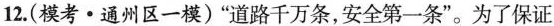
12.(模考·通州区一模)”道路千万条，安全第一条”。为了保证